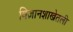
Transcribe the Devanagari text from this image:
विज्ञानशाखेतली